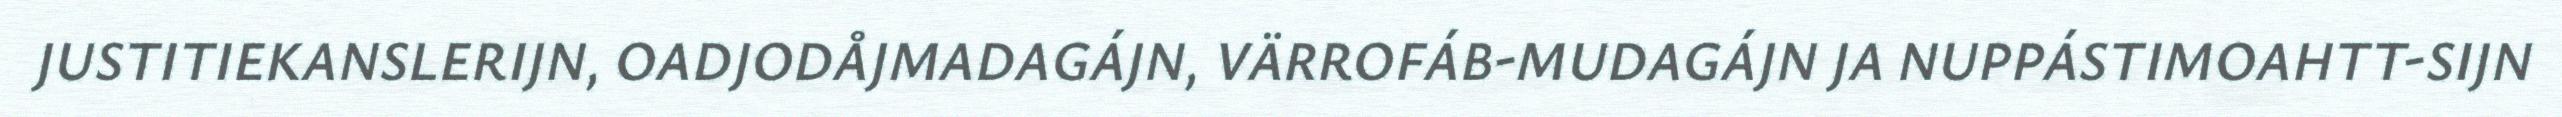
JUSTITIEKANSLERIJN, OADJODÅJMADAGÁJN, VÄRROFÁB-MUDAGÁJN JA NUPPÁSTIMOAHTT-SIJN